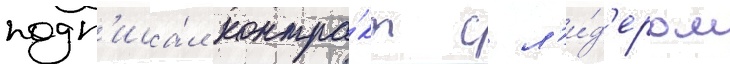
подп'иса́л контра́кт с л'и́д'ером